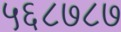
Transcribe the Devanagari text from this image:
५६८७८७